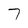
Character: 7